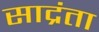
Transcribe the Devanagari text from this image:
साद्रंता